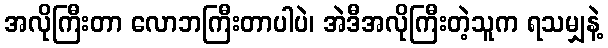
အလိုကြီးတာ လောဘကြီးတာပါပဲ၊ အဲဒီအလိုကြီးတဲ့သူက ရသမျှနဲ့